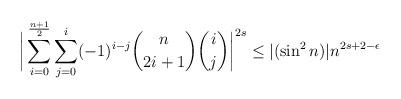
LaTeX: \begin{align*}\bigg|\sum \limits_{i=0}^{\frac{n+1}{2}}\sum \limits_{j=0}^{i}(-1)^{i-j}\binom{n}{2i+1} \binom{i}{j}\bigg|^{2s} \leq |(\sin^2n)|n^{2s+2-\epsilon}\end{align*}